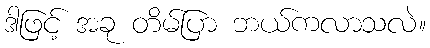
ဒါဖြင့် အခု တိမ်ပြာ ဘယ်ကလာသလဲ။